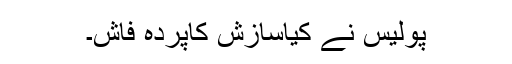
پولیس نے کیاسازش کاپردہ فاش۔